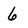
Character: 6